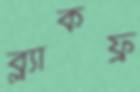
ব্ল্যাকফ্র